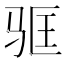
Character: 𬳻